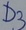
Text: D3